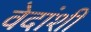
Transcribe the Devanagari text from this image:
वेदांशी